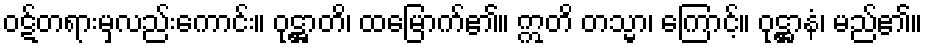
ဝဋ်တရားမှလည်းကောင်း။ ဝုဋ္ဌာတိ၊ ထမြောက်၏။ ဣတိ တသ္မာ၊ ကြောင့်။ ဝုဋ္ဌာနံ၊ မည်၏။